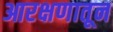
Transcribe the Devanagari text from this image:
आरक्षणातून